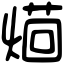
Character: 𤌚